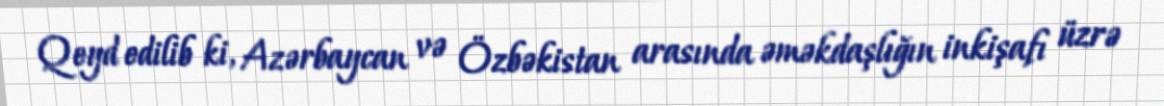
Qeyd edilib ki, Azərbaycan və Özbəkistan arasında əməkdaşlığın inkişafı üzrə